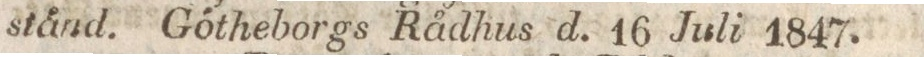
ständ. Götheborgs Rådhus d. 16 Juli 1847.